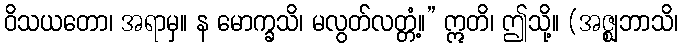
ဝိသယတော၊ အရာမှ။ န မောက္ခသိ၊ မလွတ်လတ္တံ့။” ဣတိ၊ ဤသို့။ (အဇ္ဈဘာသိ၊